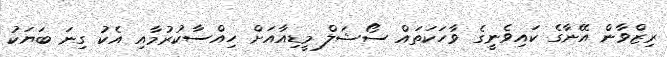
ރިޒްވާން އޭނާގެ ކައިވެނީގެ ވާހަކަތައް ސޯޝަލް މީޑިއާއަށް ހިއްސާކުރުމާއި އެކު ގިނަ ބަޔަކު